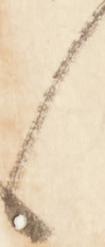
々